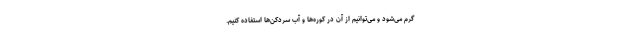
گرم می‌شود و می‌توانیم از آن در کوره‌ها و آب سردکُن‌ها استفاده کنیم.